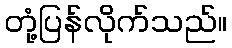
တုံ့ပြန်လိုက်သည်။